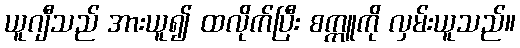
ယူဂျီသည် အားယူ၍ ထလိုက်ပြီး စက္ကူကို လှမ်းယူသည်။